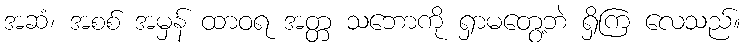
အဆံ၊ အစစ် အမှန် ထာဝရ အတ္တ သဘောကို ရှာမတွေ့ဘဲ ရှိကြ လေသည်။